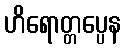
ဟိရောတ္တပ္ပေန